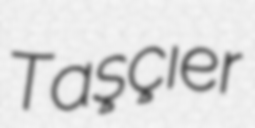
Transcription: Taşçıer